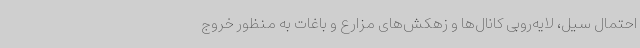
احتمال سیل، لایه‌روبی کانال‌ها و زهکش‌های مزارع و باغات به منظور خروج